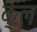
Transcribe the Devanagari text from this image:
क्ंल